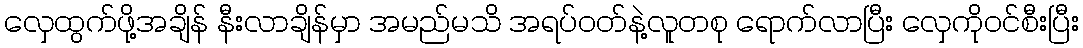
လှေထွက်ဖို့အချိန် နီးလာချိန်မှာ အမည်မသိ အရပ်ဝတ်နဲ့လူတစု ရောက်လာပြီး လှေကိုဝင်စီးပြီး